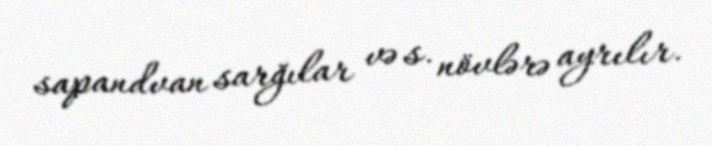
sapandvan sarğılar və s. növlərə ayrılır.